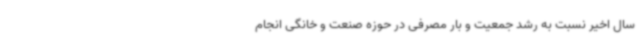
سال اخیر نسبت به رشد جمعیت و بار مصرفی در حوزه صنعت و خانگی انجام